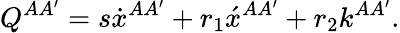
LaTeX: Q^{AA^{\prime}}=s\dot{x}{}^{AA^{\prime}}+r_{1}\acute{x}{}^{AA^{\prime}}+r_{2}k^{AA^{\prime}}.